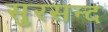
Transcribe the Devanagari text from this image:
सुरसन्द